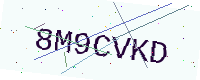
Text: 8M9CVKD